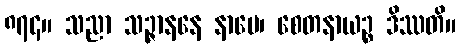
၈၇၄။ သညာ သဉ္ဇာနနေ နာမေ၊ စေတနာယဉ္စ ဒိဿတိ။